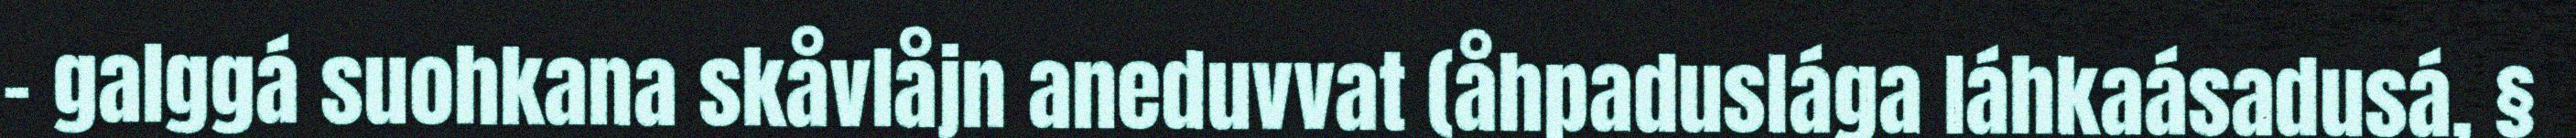
– galggá suohkana skåvlåjn aneduvvat (åhpaduslága láhkaásadusá, §